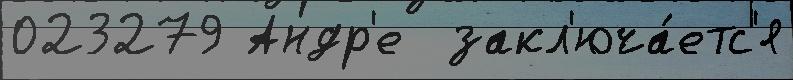
023279 Андр'е  закл'юча́етс'я